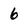
Character: 6